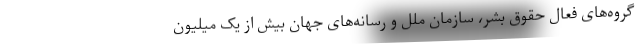
گروه‌های فعال حقوق بشر، سازمان ملل و رسانه‌های جهان بیش از یک میلیون